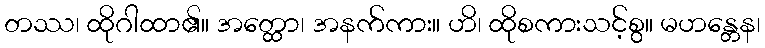
တဿ၊ ထိုဂါထာ၏။ အတ္ထော၊ အနက်ကား။ ဟိ၊ ထိုစကားသင့်စွ။ မဟန္တေန၊